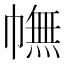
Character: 幠